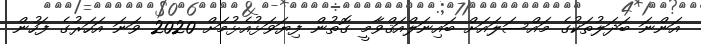
އަންނަ ބަދަލުތަކުގެ މައްސަލައަށް ބައިނަލްއަޤްވާމީ ގޮތުން ފިޔަވަޅުއެޅުމަށް 2020 ވަނަ އަހަރުގެ ފަހުން